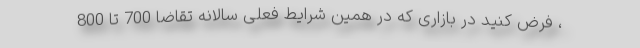
، فرض کنید در بازاری که در همین شرایط فعلی سالانه تقاضا 700 تا 800